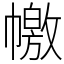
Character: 𢅎